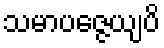
သမာပဇ္ဇေယျပိ